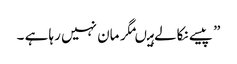
” پیسے نکالے ہیںمگر مان نہیں رہا ہے ۔